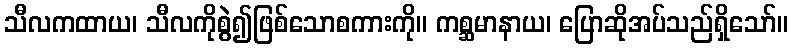
သီလကထာယ၊ သီလကိုစွဲ၍ဖြစ်သောစကားကို။ ကစ္ဆမာနာယ၊ ပြောဆိုအပ်သည်ရှိသော်။